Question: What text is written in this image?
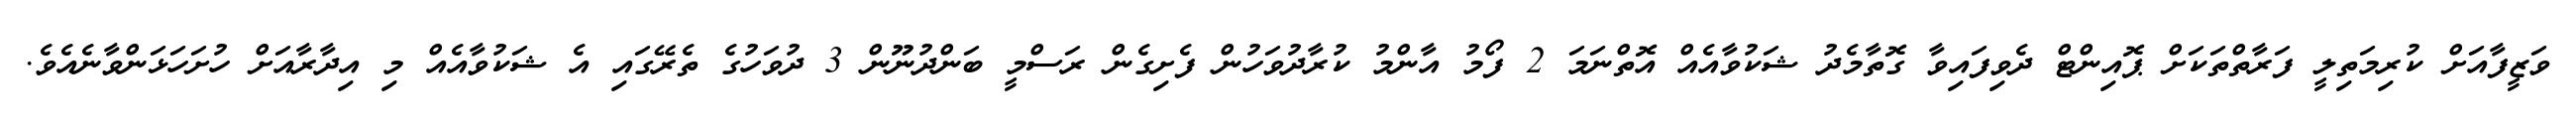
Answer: ވަޒީފާއަށް ކުރިމަތިލީ ފަރާތްތަކަށް ޕޮއިންޓް ދެވިފައިވާ ގޮތާމެދު ޝަކުވާއެއް އޮތްނަމަ 2 ފޯމު އާންމު ކުރާދުވަހުން ފެށިގެން ރަސްމީ ބަންދުނޫން 3 ދުވަހުގެ ތެރޭގައި އެ ޝަކުވާއެއް މި އިދާރާއަށް ހުށަހަޅަންވާނެއެވެ.